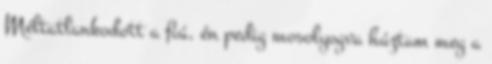
Méltatlankodott a fiú, én pedig mosolyogva húztam meg a